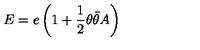
E = e \left( 1 + \frac 1 2 \theta \bar { \theta } A \right)